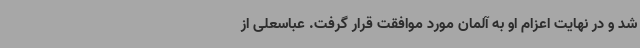
شد و در نهایت اعزام او به آلمان مورد موافقت قرار گرفت. عباسعلی از